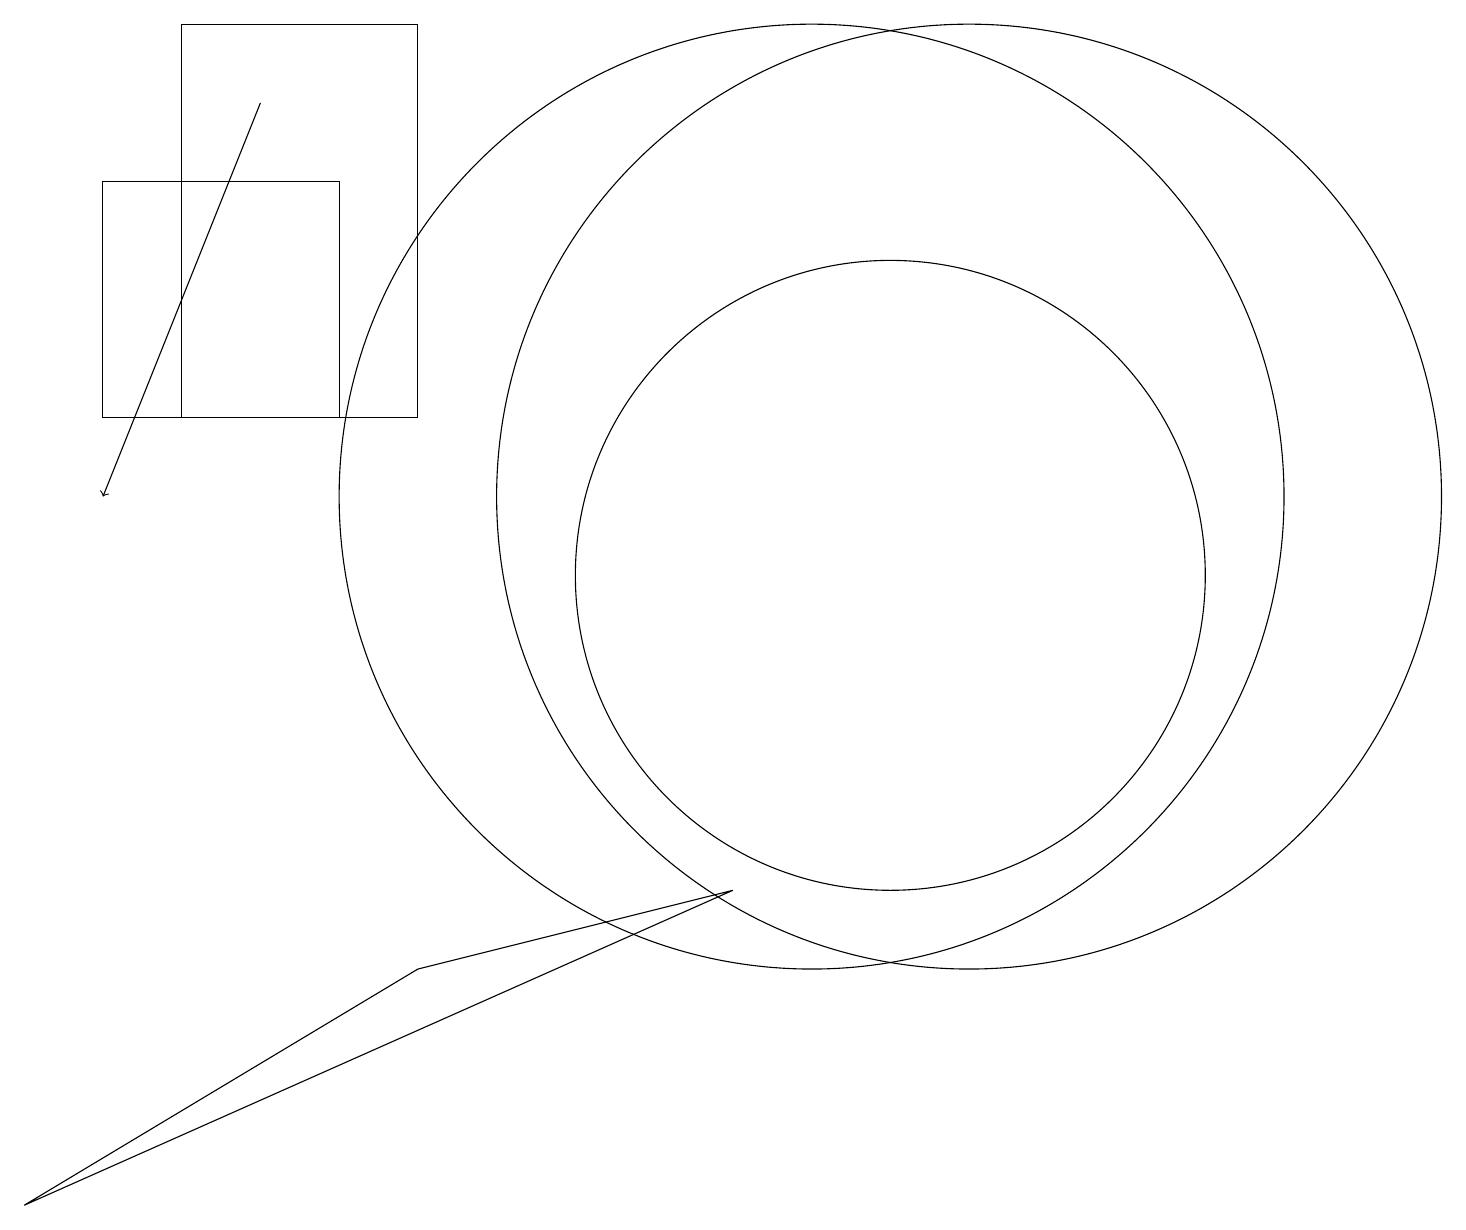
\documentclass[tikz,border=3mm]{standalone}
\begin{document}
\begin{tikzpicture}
\draw (10,11) circle (6);
\draw[->] (3,16) -- (1,11);
\draw (4,12) rectangle (1,15);
\draw (11,10) circle (4);
\draw (5,5) -- (9,6) -- (0,2) -- cycle;
\draw (2,17) rectangle (5,12);
\draw (12,11) circle (6);
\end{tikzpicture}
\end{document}